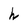
Character: h